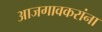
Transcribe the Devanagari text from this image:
आजगावकरांना